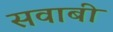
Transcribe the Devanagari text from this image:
सवाबी